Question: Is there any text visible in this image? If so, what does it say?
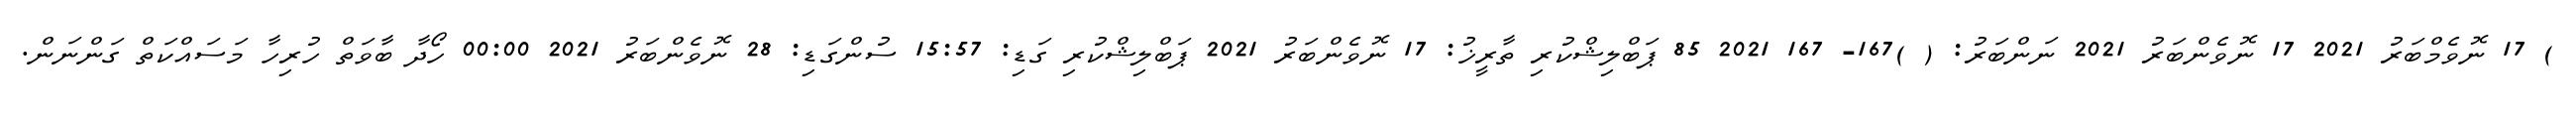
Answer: ) 17 ނޮވެމްބަރު 2021 17 ނޮވެންބަރު 2021 ނަންބަރު: ( )167- 167 2021 85 ޕަބްލިޝްކުރި ތާރީޚު: 17 ނޮވެންބަރު 2021 ޕަބްލިޝްކުރި ގަޑި: 15:57 ސުންގަޑި: 28 ނޮވެންބަރު 2021 00:00 ހޯދާ ބާވަތް ހުރިހާ މަސައްކަތް ގަންނަން.